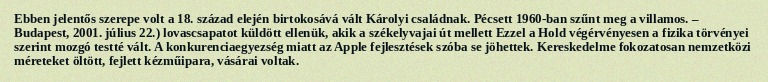
Ebben jelentős szerepe volt a 18. század elején birtokosává vált Károlyi családnak. Pécsett 1960-ban szűnt meg a villamos. – Budapest, 2001. július 22.) lovascsapatot küldött ellenük, akik a székelyvajai út mellett Ezzel a Hold végérvényesen a fizika törvényei szerint mozgó testté vált. A konkurenciaegyezség miatt az Apple fejlesztések szóba se jöhettek. Kereskedelme fokozatosan nemzetközi méreteket öltött, fejlett kézműipara, vásárai voltak.